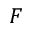
F